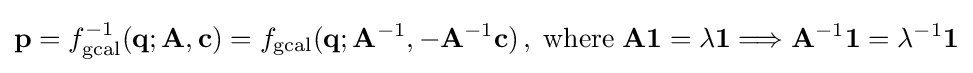
\mathbf {p} =f_{\text{gcal}}^{-1}(\mathbf {q} ;\mathbf {A} ,\mathbf {c} )=f_{\text{gcal}}(\mathbf {q} ;\mathbf {A} ^{-1},-\mathbf {A} ^{-1}\mathbf {c} )\,,\;{\text{where}}\;\mathbf {A1} =\lambda \mathbf {1} \Longrightarrow \mathbf {A} ^{-1}\mathbf {1} =\lambda ^{-1}\mathbf {1}